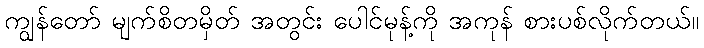
ကျွန်တော် မျက်စိတမှိတ် အတွင်း ပေါင်မုန့်ကို အကုန် စားပစ်လိုက်တယ်။